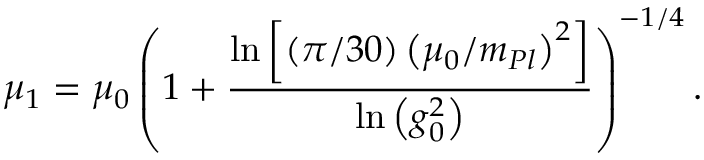
\mu _ { 1 } = \mu _ { 0 } \left( 1 + { \frac { \ln \left[ \left( \pi / 3 0 \right) \left( \mu _ { 0 } / m _ { P l } \right) ^ { 2 } \right] } { \ln \left( g _ { 0 } ^ { 2 } \right) } } \right) ^ { - 1 / 4 } .